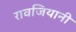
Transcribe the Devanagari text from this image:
रावजियानी